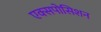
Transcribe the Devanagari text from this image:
एक्सपोसिशन